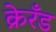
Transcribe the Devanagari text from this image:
क्रेरँड